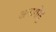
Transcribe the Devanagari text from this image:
अनागोडू